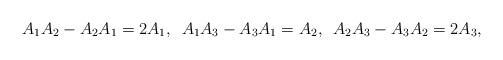
LaTeX: \begin{align*}A_{1}A_{2}-A_{2}A_{1}=2A_{1},\,\,\, A_{1}A_{3}-A_{3}A_{1}=A_{2},\,\,\, A_{2}A_{3}-A_{3}A_{2}=2A_{3},\end{align*}